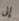
إلى